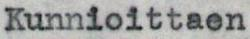
Kunnioittaen